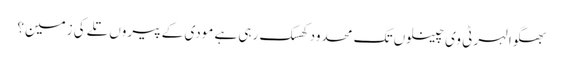
بھگوا لہر ٹی وی چینلوں تک محدود کھسک رہی ہے مودی کے پیروں تلے کی زمین؟